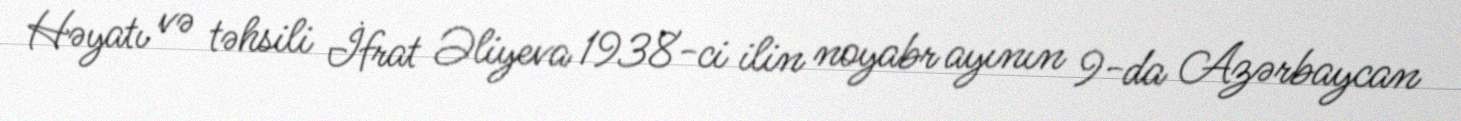
Həyatı və təhsili İfrat Əliyeva 1938-ci ilin noyabr ayının 9-da Azərbaycan